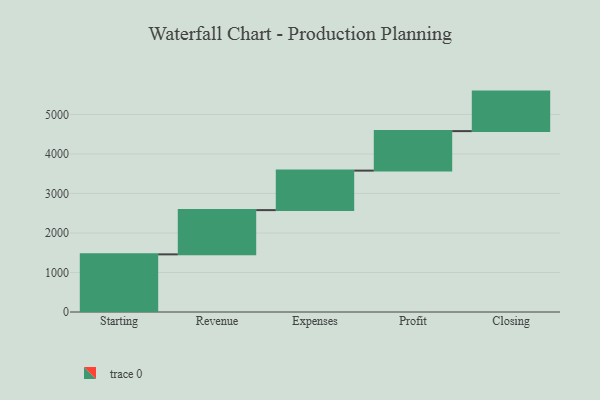
{"axis": {"x": "Step", "y": "Value"}, "legend": [""], "data": [{"x": "Starting", "y": 1459.0, "type": ""}, {"x": "Revenue", "y": 1120.0, "type": ""}, {"x": "Expenses", "y": 1000, "type": ""}, {"x": "Profit", "y": 1000, "type": ""}, {"x": "Closing", "y": 1000, "type": ""}]}